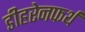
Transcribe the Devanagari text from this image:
डीहरेनफर्थ